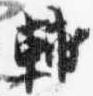
輔